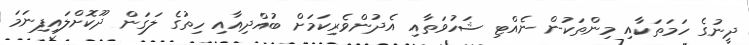
ދީނުގެ ހަމަތަކާއި މިންތަކުން ނެއްޓި ޝަހުވަތާއި އެދުންވެރިކަމަށް ބުއްދިއާއި ހިތުގެ ލަގަން ދޫކޮށްލައިފިނަމަ